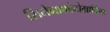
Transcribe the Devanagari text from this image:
सिनेमाफोटोग्राफिक